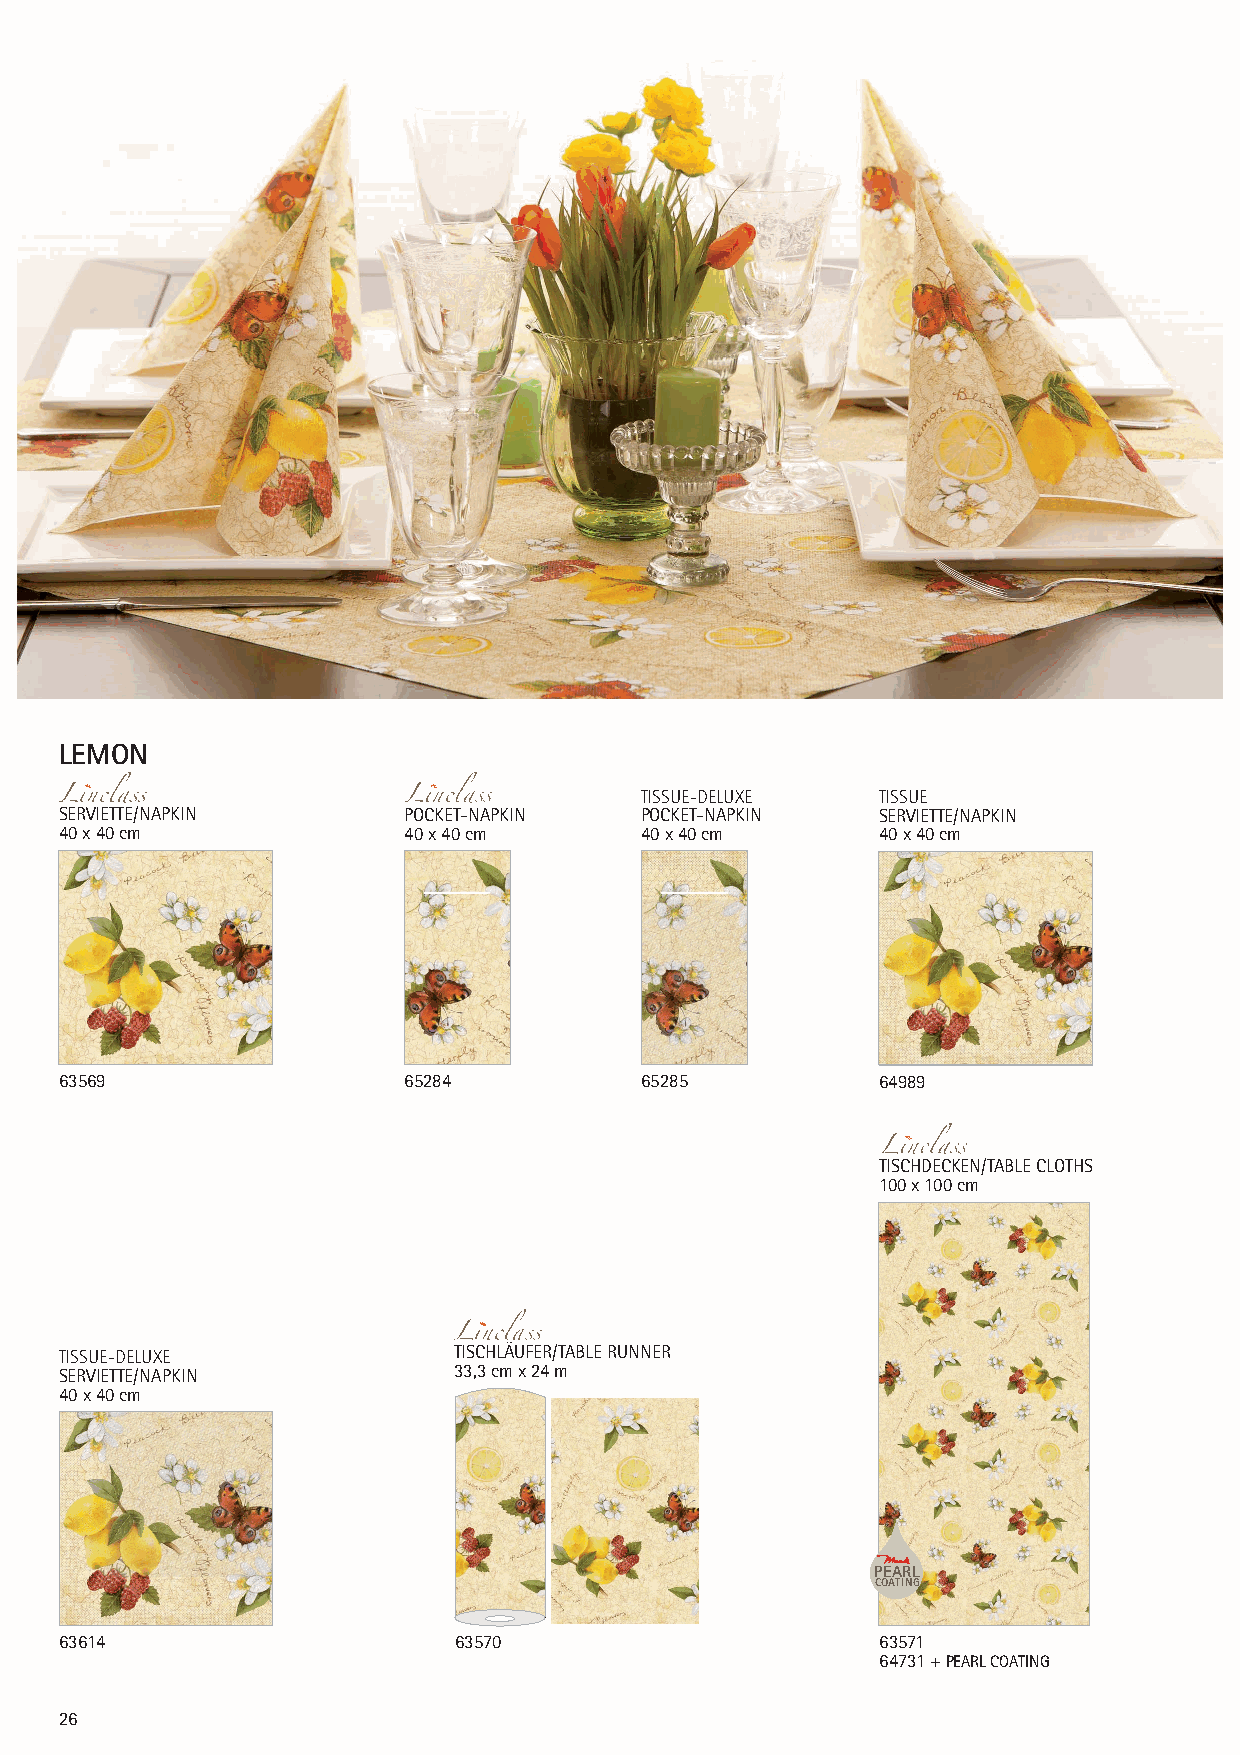
LEMON
 TISSUE-DELUXE   TISSUE
 SERVIETTE/NAPKIN       POCKET-NAPKIN  POCKET-NAPKIN   SERVIETTE/NAPKIN
 40 x 40 cm             40 x 40 cm     40 x 40 cm      40 x 40 cm
 63569                  65284          65285           64989
 TISCHDECKEN/TABLE CLOTHS
 100 x 100 cm
 TISSUE-DELUXE             TISCHLÄUFER/TABLE RUNNER
 SERVIETTE/NAPKIN          33,3 cm x 24 m
 40 x 40 cm
 PEARL
 COATING
 63614                     63570                       63571
 64731 + PEARL COATING
 26